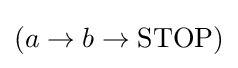
(a\rightarrow b\rightarrow \mathrm {STOP} )